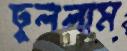
ঢুললাম